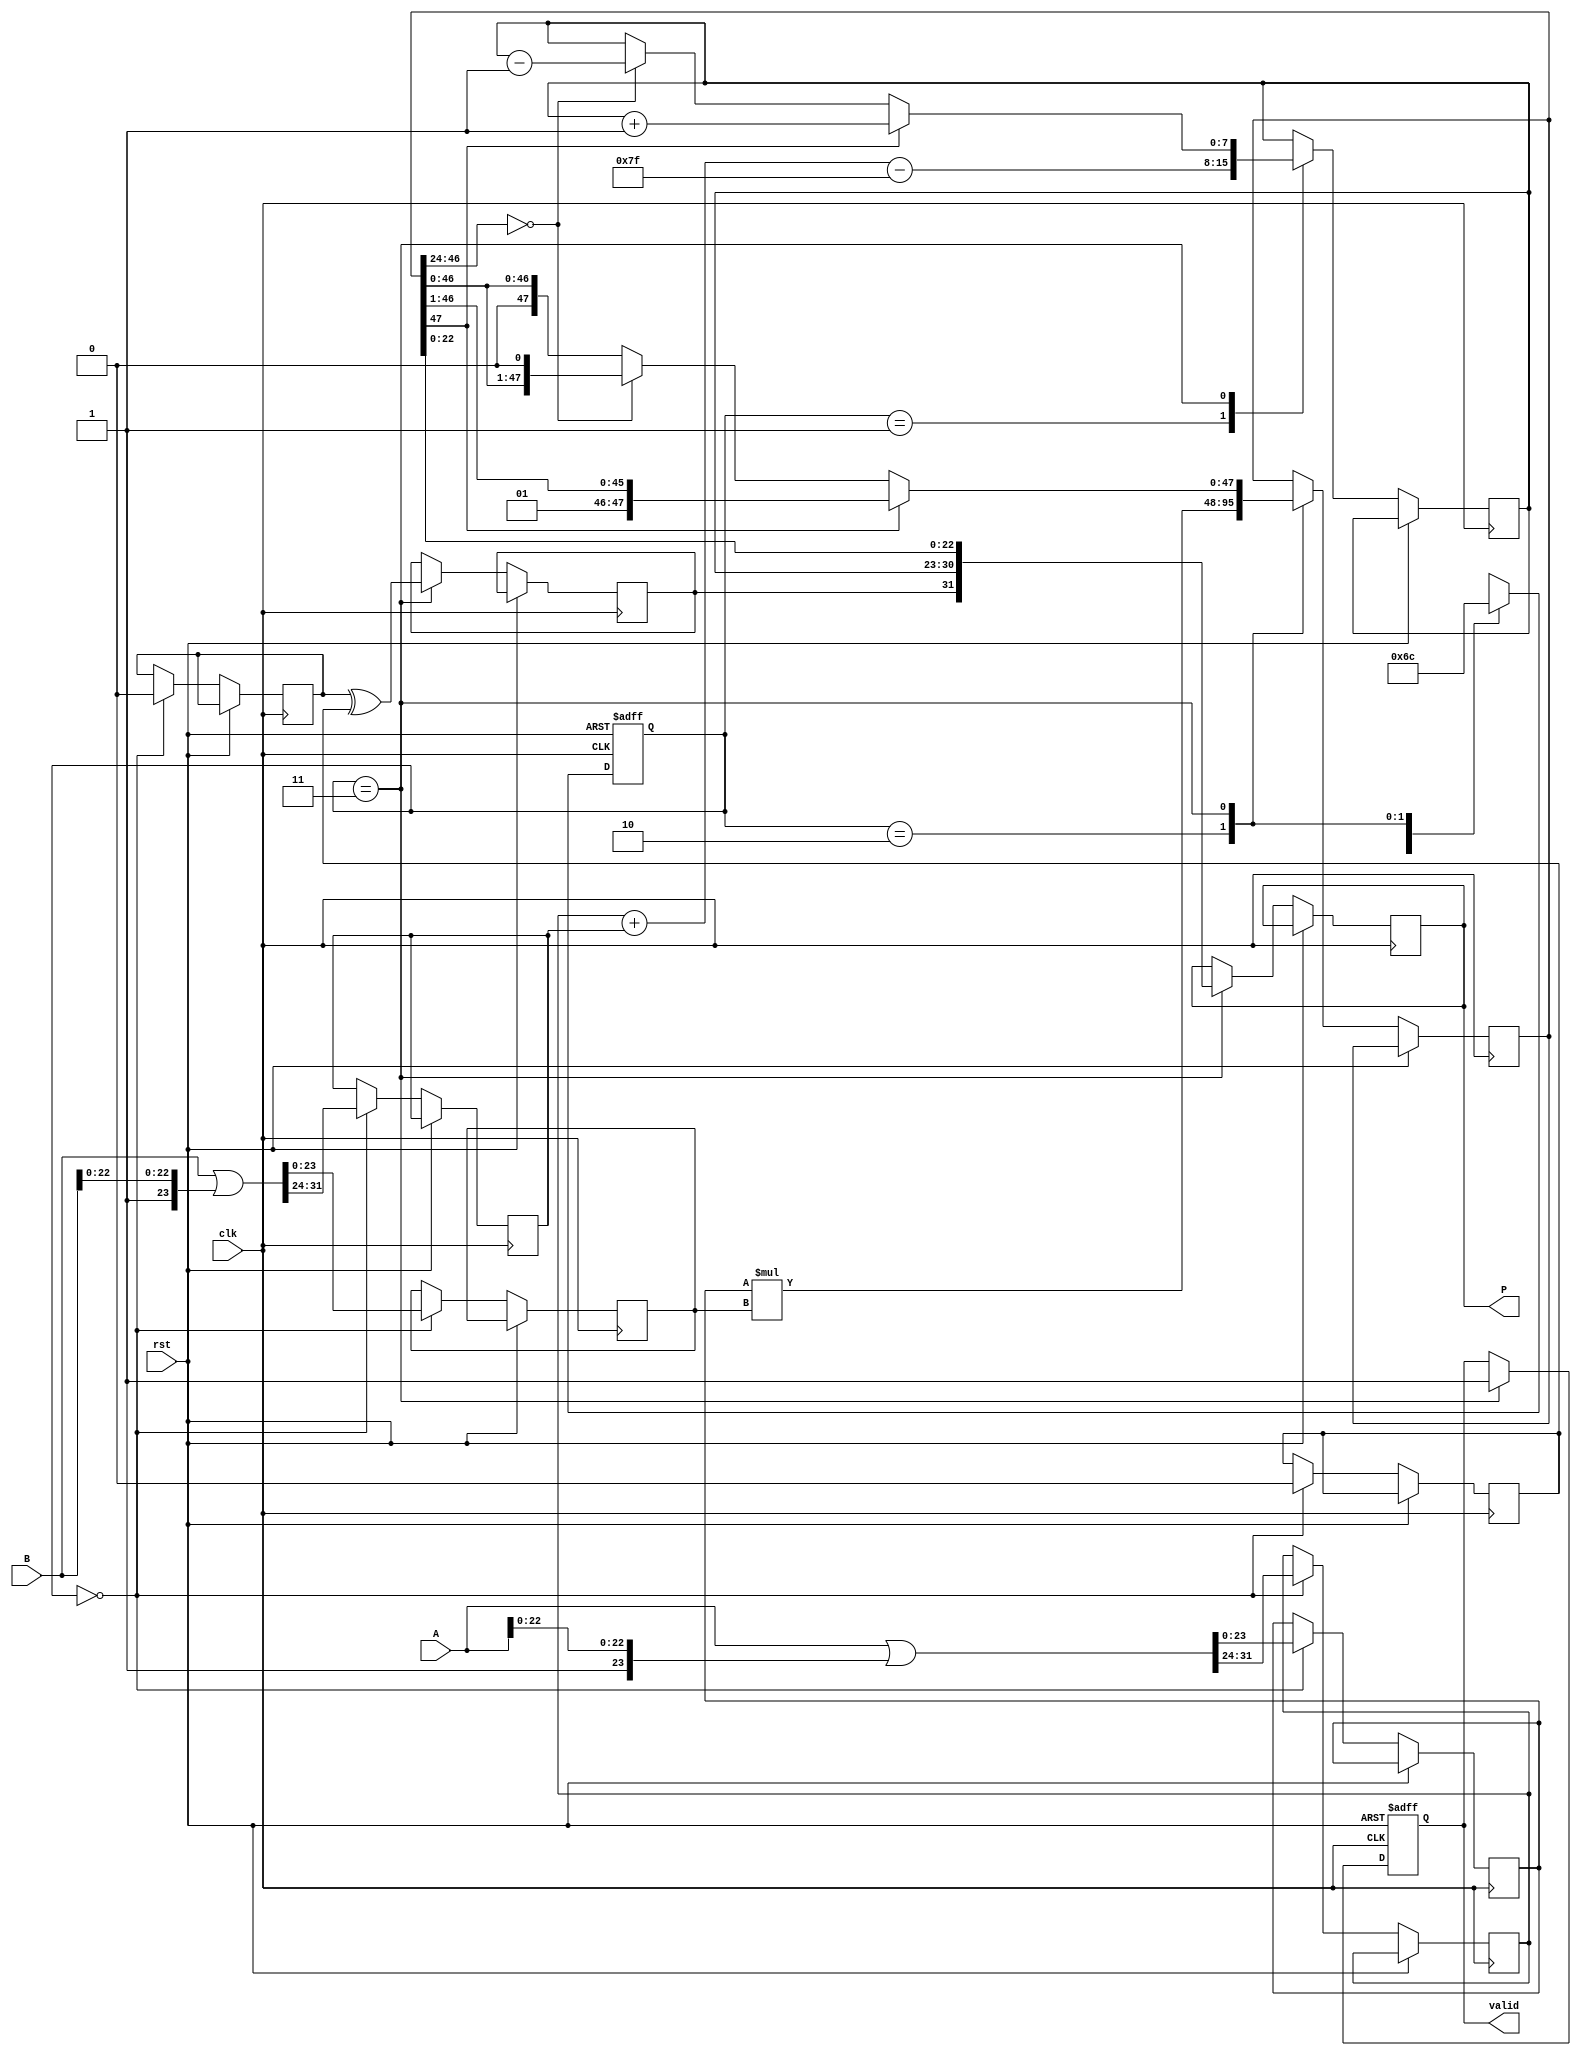
module fp_pipelined_multiplier (
    input clk,
    input rst,
    input [31:0] A,
    input [31:0] B,
    output reg [31:0] P,
    output reg valid
);

    // Constants
    parameter BIAS = 127;
    parameter MANTISSA_WIDTH = 23;
    parameter EXPONENT_WIDTH = 8;

    // Pipeline registers
    reg [31:0] A_reg, B_reg;
    reg sA, sB, sP;
    reg [EXPONENT_WIDTH-1:0] eA, eB, eP;
    reg [MANTISSA_WIDTH:0] mA, mB; // 24 bits for mantissa (including implicit leading 1)
    reg [47:0] mP; // 48 bits for mantissa multiplication result
    reg [1:0] state;

    // States for pipeline control
    parameter DECOMPOSE = 2'b00;
    parameter EXPONENT_CALC = 2'b01;
    parameter MANTISSA_MULTIPLY = 2'b10;
    parameter NORMALIZE_ASSEMBLE = 2'b11;

    // Initial state
    initial begin
        state = DECOMPOSE;
        valid = 0;
        P = 32'b0;
    end

    // Decomposition stage
    always @(posedge clk or posedge rst) begin
        if (rst) begin
            state <= DECOMPOSE;
            valid <= 0;
        end else begin
            case (state)
                DECOMPOSE: begin
                    {sA, eA, mA} <= {A[31], A[30:23], A[22:0]} | {1'b1, A[22:0]}; // Normalize mantissa
                    {sB, eB, mB} <= {B[31], B[30:23], B[22:0]} | {1'b1, B[22:0]};
                    state <= EXPONENT_CALC;
                end

                EXPONENT_CALC: begin
                    eP <= eA + eB - BIAS;
                    state <= MANTISSA_MULTIPLY;
                end

                MANTISSA_MULTIPLY: begin
                    mP <= mA * mB; // 24 * 24 = 48 bits
                    state <= NORMALIZE_ASSEMBLE;
                end

                NORMALIZE_ASSEMBLE: begin
                    // Normalize the mantissa
                    if (mP[47]) begin // If overflow, shift right
                        mP <= mP >> 1;
                        eP <= eP + 1;
                    end else if (mP[46:24] == 0) begin // If underflow, shift left
                        mP <= mP << 1;
                        eP <= eP - 1;
                    end
                    
                    // Assemble the final product
                    sP <= sA ^ sB; // Sign of the product
                    P <= {sP, eP, mP[22:0]}; // Combine sign, exponent, and mantissa
                    valid <= 1; // Indicate output is valid
                    state <= DECOMPOSE; // Reset to initial state for next operation
                end
            endcase
        end
    end

endmodule